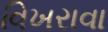
વિખરાવા